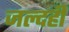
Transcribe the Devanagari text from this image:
जल्‍दही